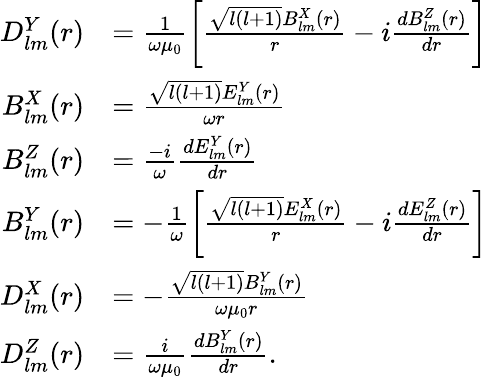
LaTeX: \begin{array}{rl}{D_{lm}^{Y}(r)}&{=\frac{1}{\omega\mu_{0}}\left[\frac{\sqrt{l(l+1)}B_{lm}^{X}(r)}{r}-i\frac{dB_{lm}^{Z}(r)}{dr}\right]}\\ {B_{lm}^{X}(r)}&{=\frac{\sqrt{l(l+1)}E_{lm}^{Y}(r)}{\omega r}}\\ {B_{lm}^{Z}(r)}&{=\frac{-i}{\omega}\frac{dE_{lm}^{Y}(r)}{dr}}\\ {B_{lm}^{Y}(r)}&{=-\frac{1}{\omega}\left[\frac{\sqrt{l(l+1)}E_{lm}^{X}(r)}{r}-i\frac{dE_{lm}^{Z}(r)}{dr}\right]}\\ {D_{lm}^{X}(r)}&{=-\frac{\sqrt{l(l+1)}B_{lm}^{Y}(r)}{\omega\mu_{0}r}}\\ {D_{lm}^{Z}(r)}&{=\frac{i}{\omega\mu_{0}}\frac{dB_{lm}^{Y}(r)}{dr}.}\end{array}